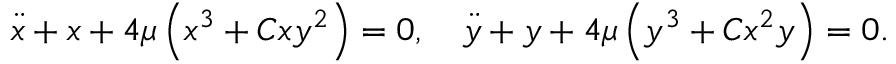
\ddot { x } + x + 4 \mu \left( x ^ { 3 } + C x y ^ { 2 } \right) = 0 , \quad \ddot { y } + y + 4 \mu \left( y ^ { 3 } + C x ^ { 2 } y \right) = 0 .